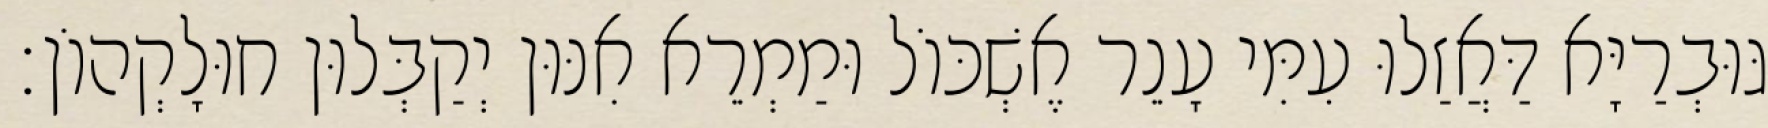
גּוּבְרַיָּא דַּאֲזַלוּ עִמִּי עָנֵר אֶשְׁכּוֹל וּמַמְרֵא אִנּוּן יְקַבְּלוּן חוּלָקְהוֹן׃